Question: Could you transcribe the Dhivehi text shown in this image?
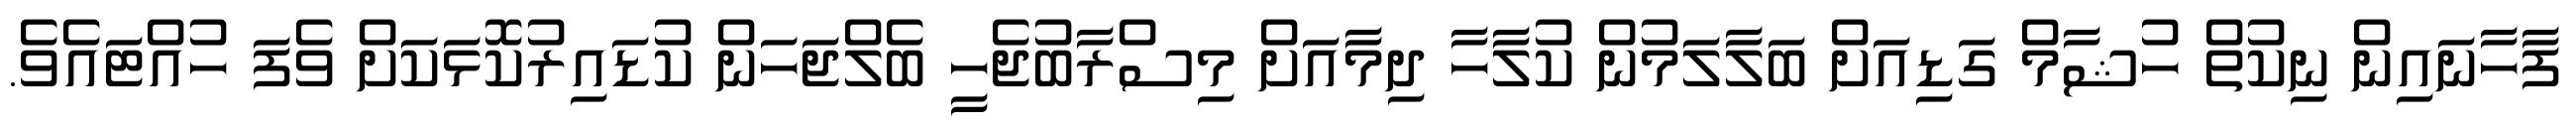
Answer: ފާހާނައިން ނިކުތް ހުޝާމް ގަޑިއަށް ބަލާލަމުން ކުލާހާ ދިމާއަށް މިސްރާބުޖެހީ ބެލްޖަހަން ކުޑައިރުކޮޅަކަށް ވެފަ ހުއްޓައެވެ.